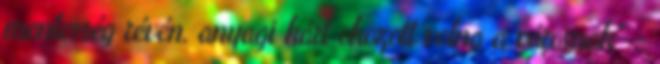
mentesség révén, anyagi kárt okozott volna a városnak" -